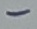
Text: -